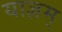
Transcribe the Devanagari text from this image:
याज्ञम्